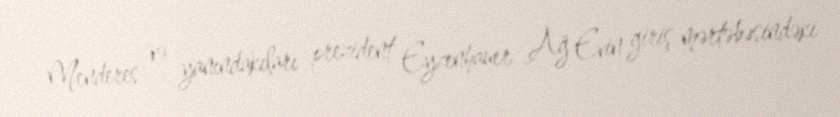
Menderes və yanındakıları prezident Eyzenhauer Ağ Evin giriş mərtəbəsindəki